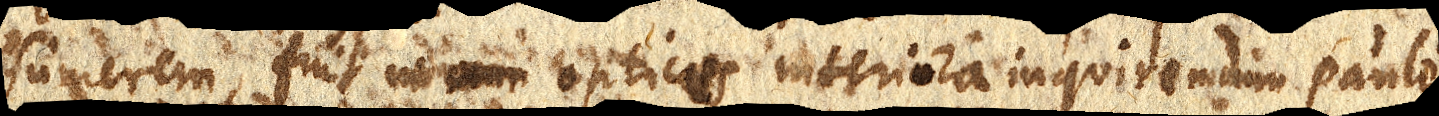
sumerem fuit in xx optices interiora inquirendum paulo